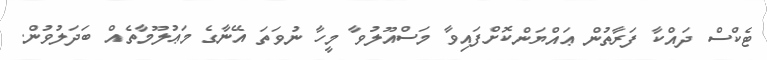
ޓެކްސް ދައްކާ ފަރާތުން ޢައްޔަންކޮށްފައިވާ މަސްއޫލުވާ މީހާ ނުވަތަ އޭނާގެ މަޢުލޫމާތެއް ބަދަލުވުން.